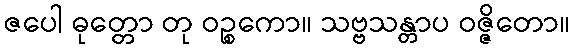
ဇပေါ ဓုတ္တော တု ဝဉ္စကော။ သဗ္ဗသန္တာပ ဝဇ္ဇိတော။